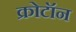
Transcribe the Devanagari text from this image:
क्रोटॉन